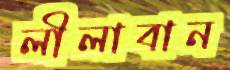
লীলাবান